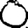
Digit: 0